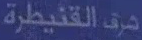
حرق-القنديطرة